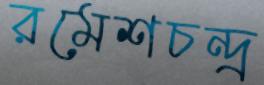
রমেশচন্দ্র